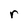
Character: r